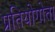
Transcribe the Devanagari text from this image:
प्रतियोगोता